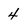
Character: 4